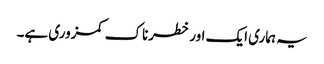
یہ ہماری ایک اور خطرناک کمزوری ہے۔